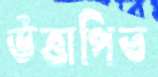
উত্তাপিত